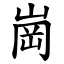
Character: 崗